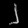
Digit: ၂